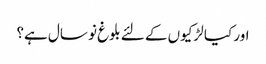
اور کیا لڑکیوں کے لئے بلوغ نو سال ہے؟